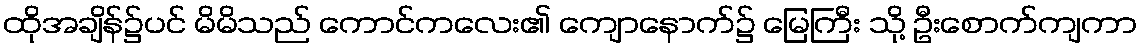
ထိုအချိန်၌ပင် မိမိသည် ကောင်ကလေး၏ ကျောနောက်၌ မြေကြီး သို့ ဦးစောက်ကျကာ